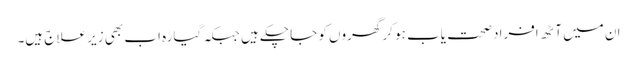
ان میں آٹھ افراد صحت یاب ہو کر گھروں کو جا چکے ہیں جبکہ گیارہ اب بھی زیر علاج ہیں۔